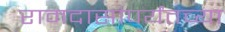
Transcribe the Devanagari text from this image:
रामदासांपर्यंतच्या